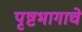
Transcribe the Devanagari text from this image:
पृष्टभागाचे